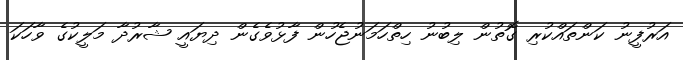
އަރުފީނު ކަންތައްކުރި ގޮތުން ލިބުނު ހިތްހަމަނުޖެހުން ފާޅުވެގެން ދިޔައީ ޝާރުދާ މަލީކުގެ ވާހަކަ